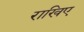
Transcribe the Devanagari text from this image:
राखिए